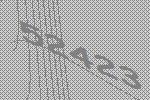
52423